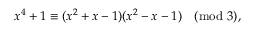
x ^ { 4 } + 1 \equiv ( x ^ { 2 } + x - 1 ) ( x ^ { 2 } - x - 1 ) { \pmod { 3 } } , \qquad